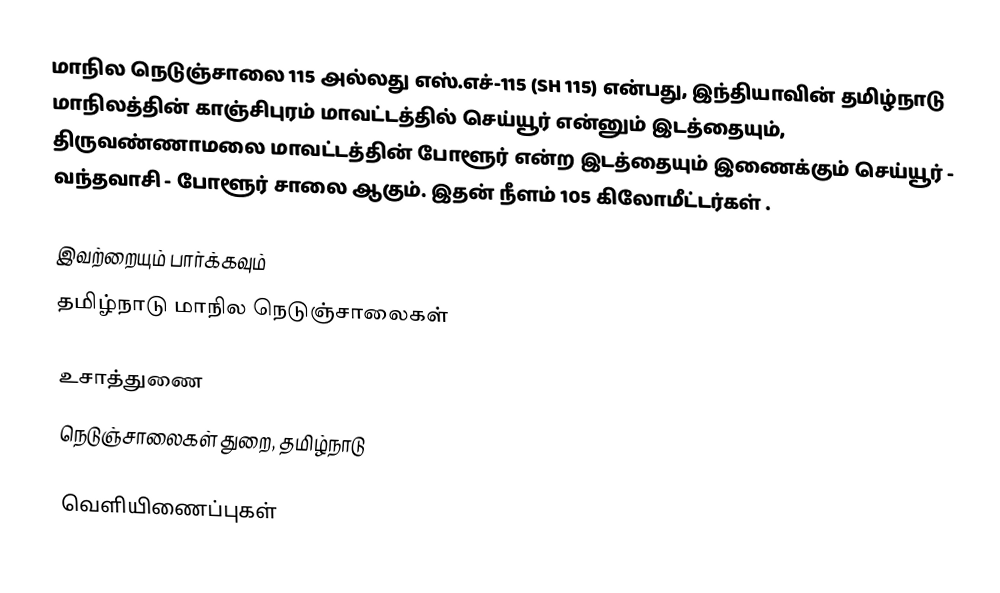
மாநில நெடுஞ்சாலை 115 அல்லது எஸ்.எச்-115 (SH 115) என்பது, இந்தியாவின் தமிழ்நாடு மாநிலத்தின் காஞ்சிபுரம் மாவட்டத்தில் செய்யூர் என்னும் இடத்தையும், திருவண்ணாமலை மாவட்டத்தின் போளூர் என்ற இடத்தையும் இணைக்கும் செய்யூர் - வந்தவாசி - போளூர் சாலை ஆகும். இதன் நீளம் 105  கிலோமீட்டர்கள் .

இவற்றையும் பார்க்கவும்
 தமிழ்நாடு மாநில நெடுஞ்சாலைகள்

உசாத்துணை
 நெடுஞ்சாலைகள் துறை, தமிழ்நாடு

வெளியிணைப்புகள்